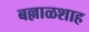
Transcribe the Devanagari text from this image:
बल्लाळशाह